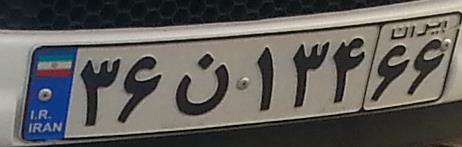
۳۶ن۱۳۴۶۶